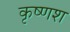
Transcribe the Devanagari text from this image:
कृष्णश